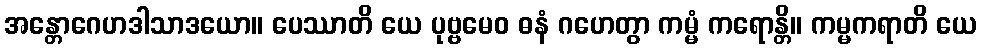
အန္တောဂေဟဒါသာဒယော။ ပေဿာတိ ယေ ပုဗ္ဗမေဝ ဓနံ ဂဟေတွာ ကမ္မံ ကရောန္တိ။ ကမ္မကရာတိ ယေ